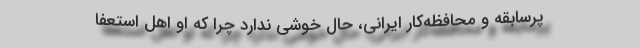
پُرسابقه و محافظه‌کارِ ایرانی، حالِ خوشی ندارد چرا که او اهل استعفا